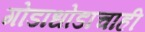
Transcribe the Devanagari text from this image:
गोडाधोडाचाही